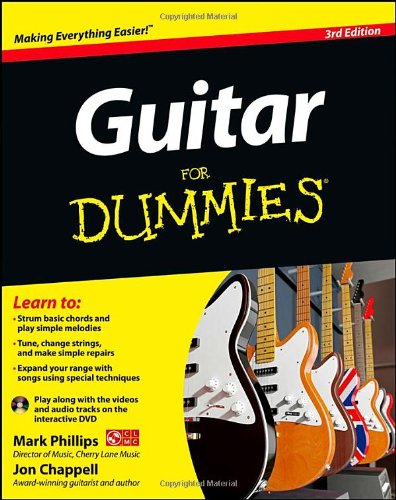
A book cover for Guitar For Dummies, with DVD; Mark Phillips; Arts & Photography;